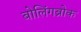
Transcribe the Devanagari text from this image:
बोलिंगब्रोक